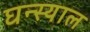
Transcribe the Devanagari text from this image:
घन्स्याल